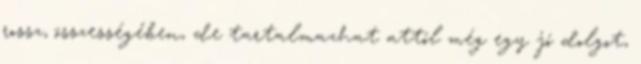
rossz, összességében, de tartalmazhat attól még egy jó dolgot,